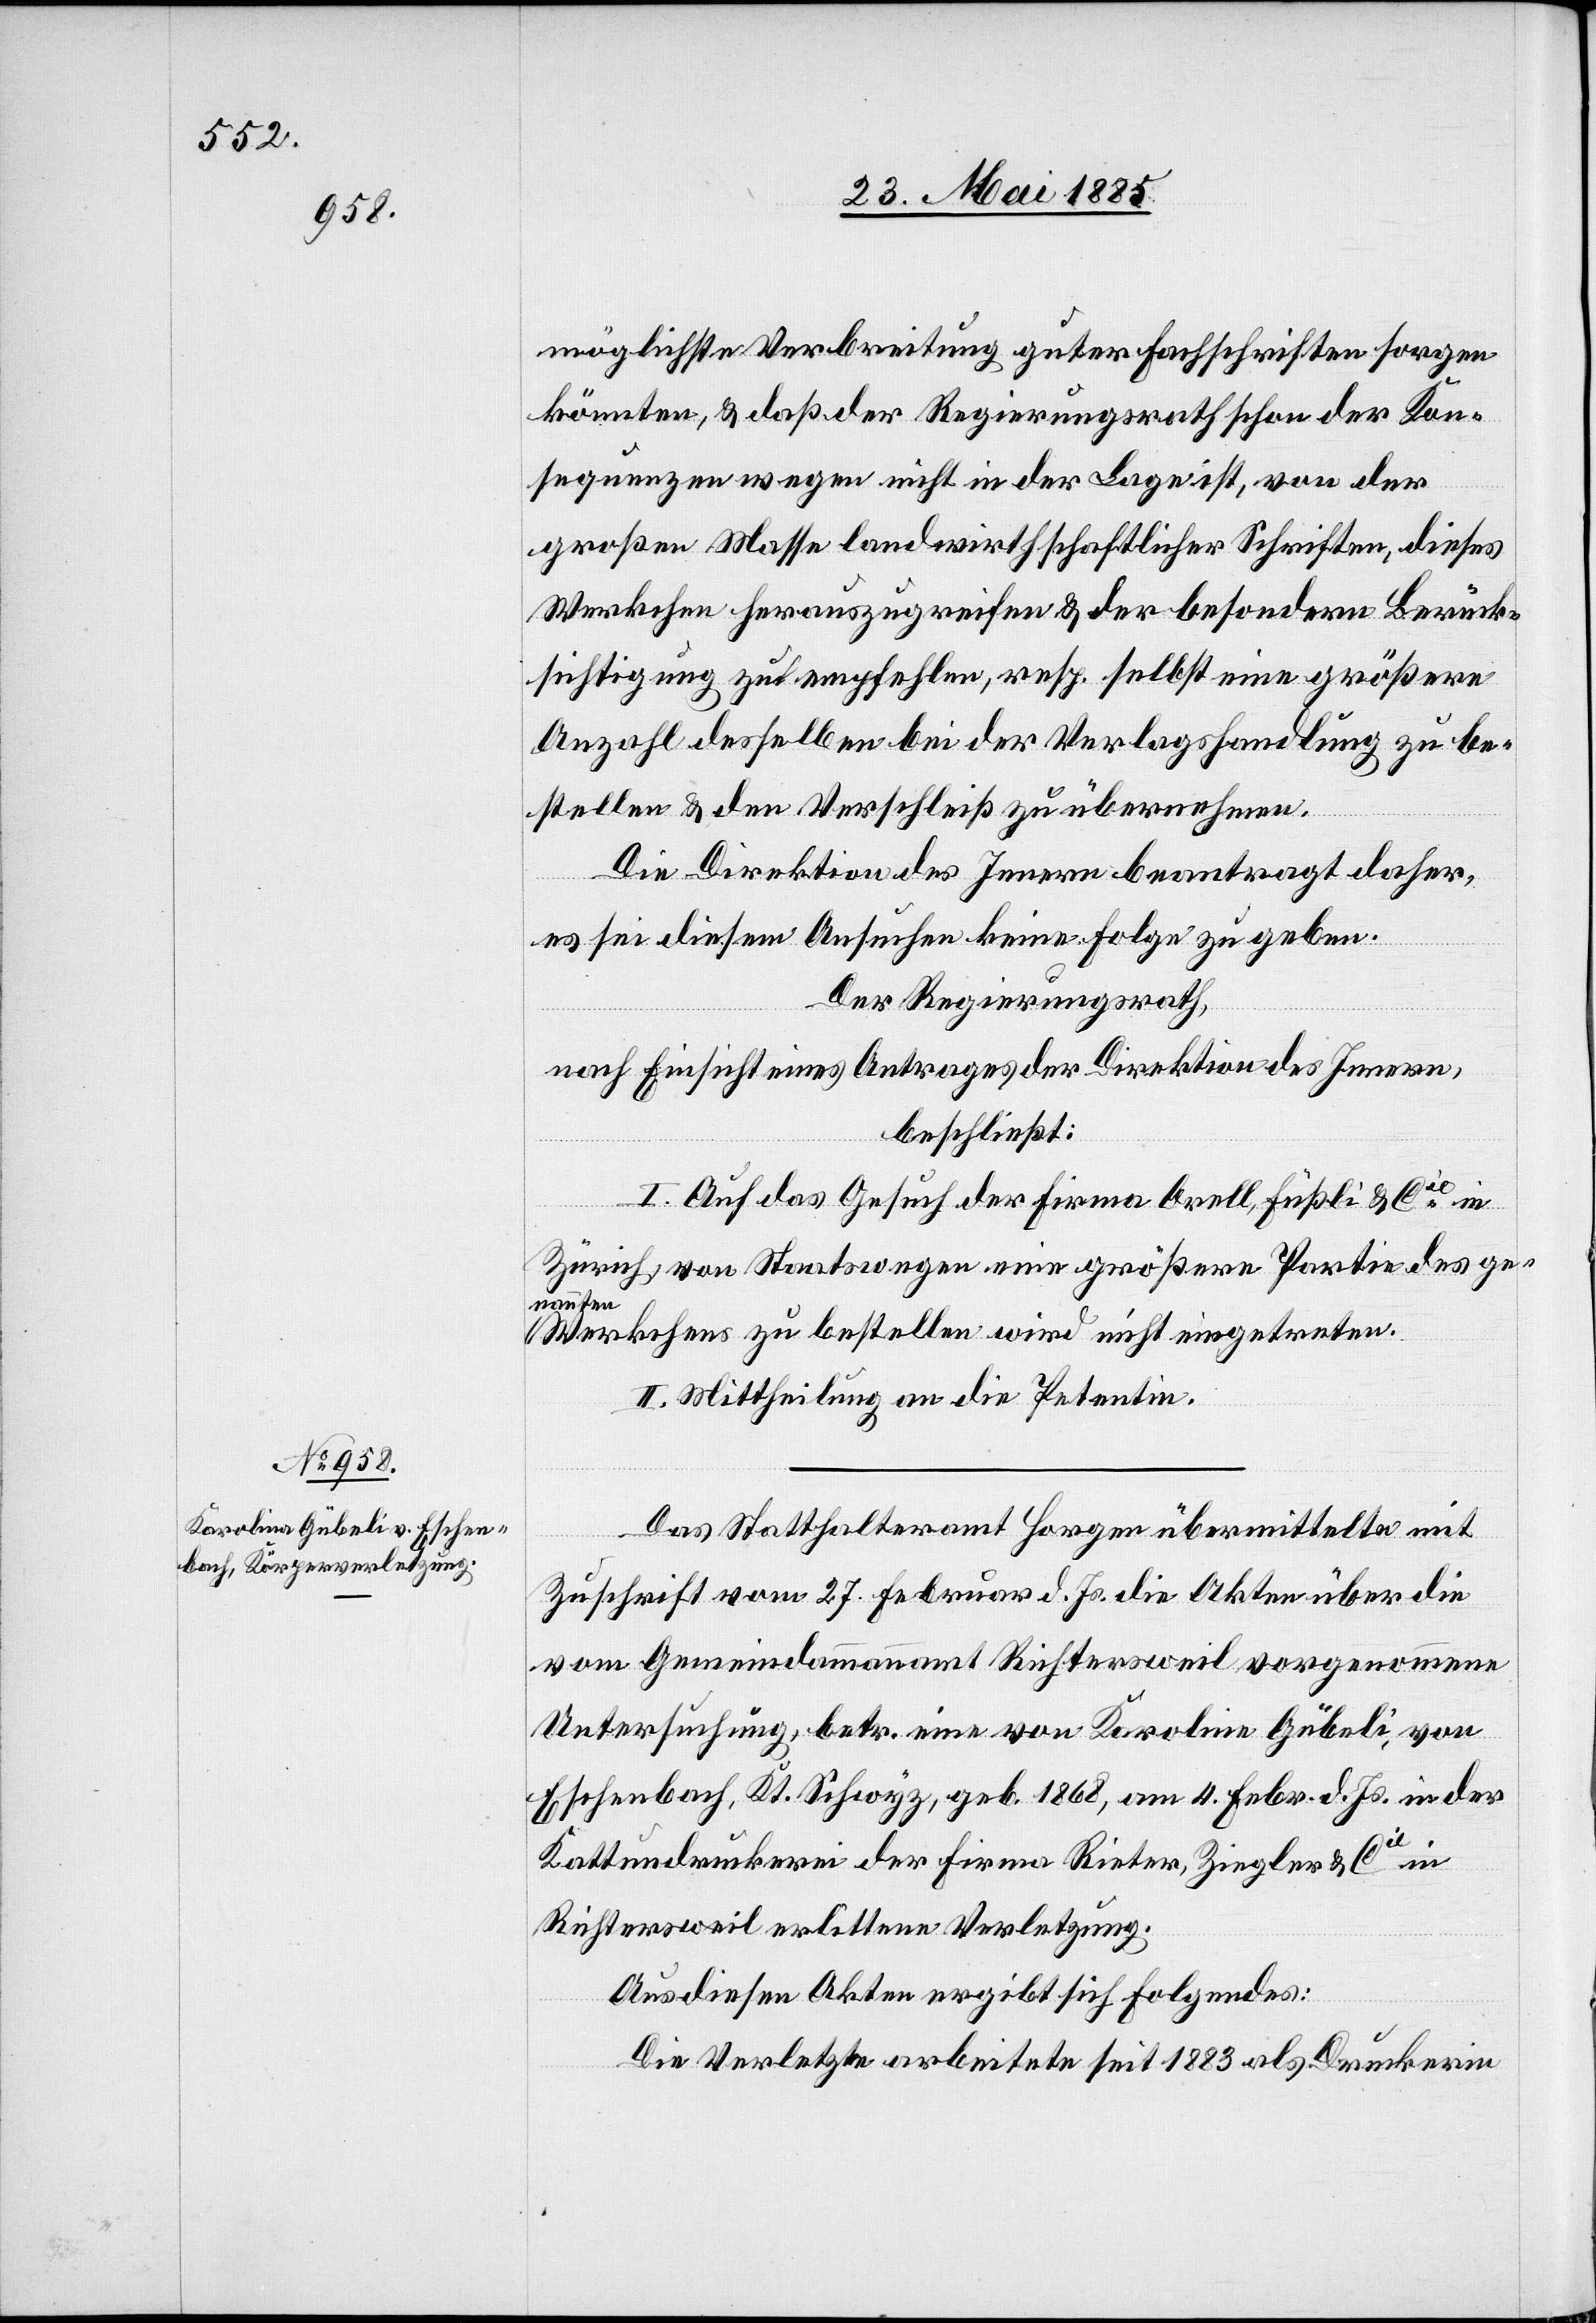
möglichste Verbreitung guter Fachschriften sorgen
könnten, & daß der Regierungsrath schon der Kon¬
sequenz wegen nicht in der Lage ist, von der
großen Masse landwirthschaftlicher Schriften, dieses
Werkchen herauszugreifen & der besondern Berück¬
sichtigung zu empfehlen, resp. selbst eine größere
Anzahl desselben bei der Verlagshandlung zu be¬
stellen & den Verschleiß zu übernehmen.
Die Direktion des Innern beantragt daher,
es sei diesem Ansuchen keine Folge zu geben.
Der Regierungsrath,
nach Einsicht eines Antrages der Direktion des Innern,
beschließt:
I. Auf das Gesuch der Firma Orell, Füßli & Cie in
Zürich, von Staatswegen eine größere Partie des ge¬
nannten
Werkchens zu bestellen wird nicht eingetreten.
II. Mittheilung an die Petentin.
Das Statthalteramt Horgen übermittelte mit
Zuschrift vom 27. Februar d. Js. die Akten über die
vom Gemeindeammannamt Richtersweil vorgenommene
Untersuchung betr. eine von Karolina Gübeli, von
Eschenbach, Kt. Schwyz, geb. 1868, am 4. Febr. d. Js. in der
Kattundruckerei der Firma Rieter, Ziegler & Cie in
Richtersweil erlittene Verletzung.
Aus diesen Akten ergibt sich folgendes:
Die Verletzte arbeitete seit 1883 als Druckerin